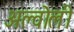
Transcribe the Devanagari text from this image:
अल्वोली